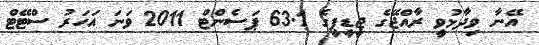
އޭނާ ވިދާޅުވީ ރާއްޖޭގެ ޖީޑީޕީގެ 63.1 ޕަސެންޓް 2011 ވަނަ އަހަރު ސްޓޭޓް